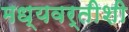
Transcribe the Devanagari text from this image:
मध्यवर्तीशी